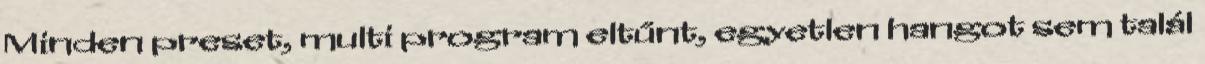
Minden preset, multi program eltűnt, egyetlen hangot sem talál